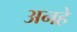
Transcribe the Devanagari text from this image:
अनहे